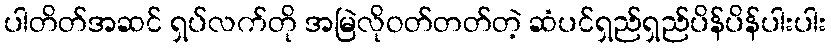
ပါတိတ်အဆင် ရှပ်လက်တို အမြဲလိုဝတ်တတ်တဲ့ ဆံပင်ရှည်ရှည်ပိန်ပိန်ပါးပါး